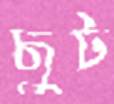
ছুট